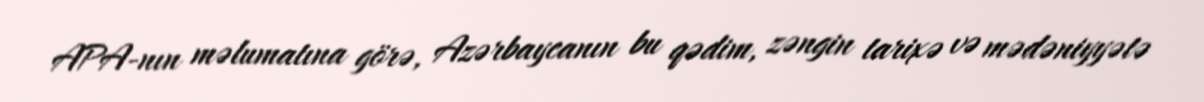
APA-nın məlumatına görə, Azərbaycanın bu qədim, zəngin tarixə və mədəniyyətə